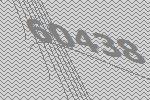
60438